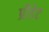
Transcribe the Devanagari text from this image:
प्रीडेट